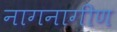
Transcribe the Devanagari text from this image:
नागनागीण